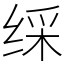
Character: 䌽